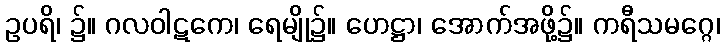
ဥပရိ၊ ၌။ ဂလဝါဋကေ၊ ရေမျို၌။ ဟေဋ္ဌာ၊ အောက်အဖို့၌။ ကရီသမဂ္ဂေ၊